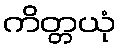
ကိတ္တယုံ